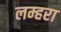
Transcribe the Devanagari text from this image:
लम्हरा